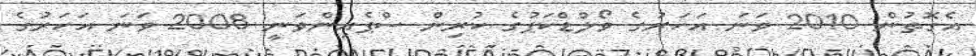
އެގޮތުން 2010 ވަނަ އަހަރުގެ ވޯލްޑްކަޕުގެ ކުރިން ސްޕެއިންވަނީ 2008 ވަނަ އަހަރުގެ